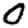
Digit: 0